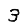
Digit: 3